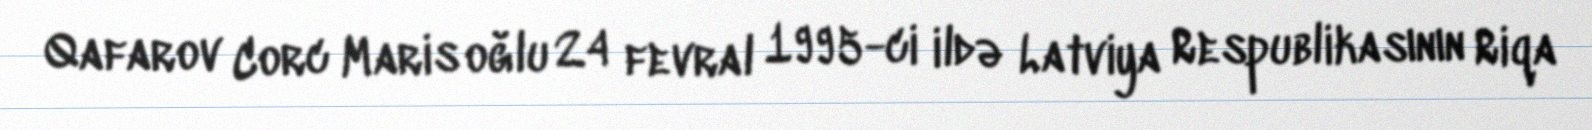
Qafarov Corc Maris oğlu 24 fevral 1995-ci ildə Latviya Respublikasının Riqa